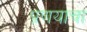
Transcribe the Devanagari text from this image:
प्रणयाचा